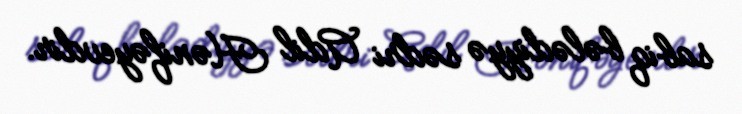
sabiq bələdiyyə sədri Adil Hənifəyevdir.